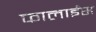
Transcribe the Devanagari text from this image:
फालाईस